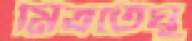
মিত্রতেঘু